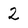
Character: 2